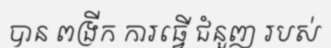
បាន ពង្រីក ការធ្វើ ជំនួញ របស់